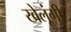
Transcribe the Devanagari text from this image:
खेलूंगी